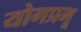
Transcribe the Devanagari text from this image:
योगप्रभू